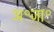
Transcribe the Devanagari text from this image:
अ॰जा॰